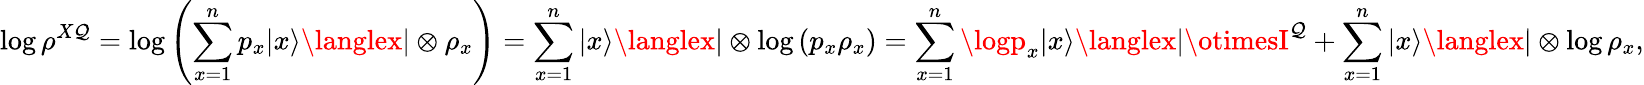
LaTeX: \log\rho^{X\mathcal{Q}}=\log\left(\sum_{x=1}^{n}p_{x}|x\rangle\langlex|\otimes\rho_{x}\right)=\sum_{x=1}^{n}|x\rangle\langlex|\otimes\log\left(p_{x}\rho_{x}\right)=\sum_{x=1}^{n}\logp_{x}|x\rangle\langlex|\otimesI^{\mathcal{Q}}+\sum_{x=1}^{n}|x\rangle\langlex|\otimes\log\rho_{x},